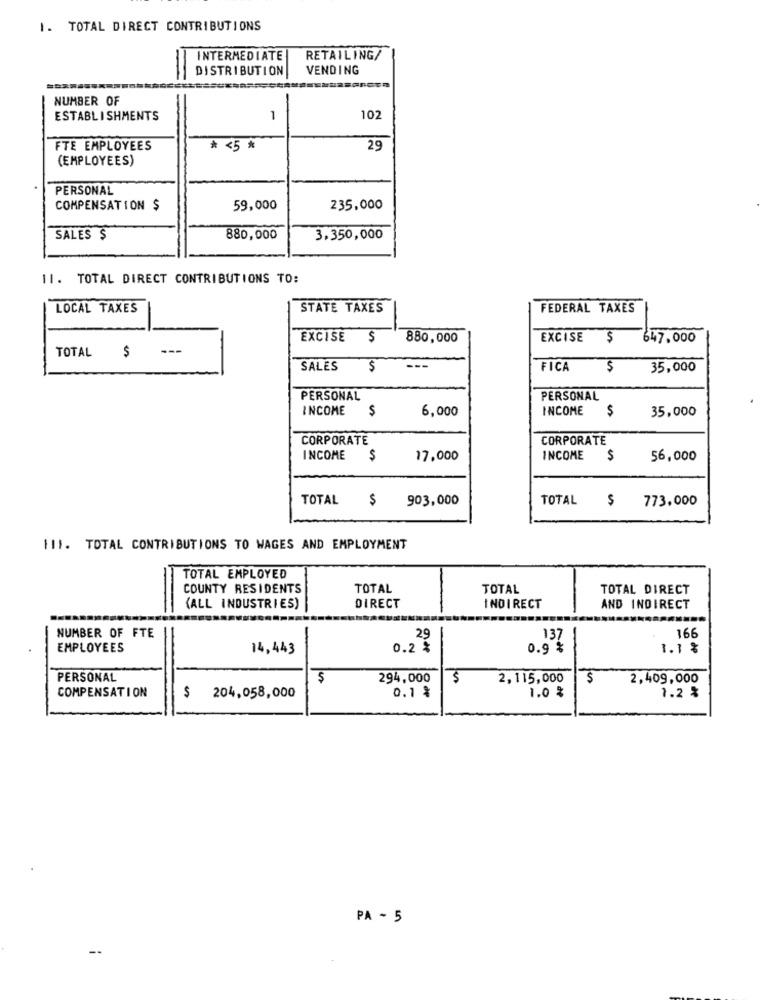
1. TOTAL DIRECT CONTRIBUTIONS
INTERMEDIATE
RETAILING/
DISTRIBUTION
VENDING
=
NUMBER OF
ESTABLISHMENTS
1
102
FTE EMPLOYEES
* < 5 *
29
(EMPLOYEES)
PERSONAL
COMPENSATION $
59,000
235,000
SALES $
880,000
3.350,000
11. TOTAL DIRECT CONTRIBUTIONS TO:
LOCAL TAXES
STATE TAXES
FEDERAL TAXES
EXCISE $
880,000
EXCISE
$
647.000
TOTAL
---
$
SALES
$
---
FICA
$
35,000
PERSONAL
PERSONAL
INCOME
$
6,000
INCOME
$
35,000
CORPORATE
CORPORATE
INCOME
5
17,000
INCOME
$
56,000
TOTAL
903,000
TOTAL
$
773,000
111. TOTAL CONTRIBUTIONS TO WAGES AND EMPLOYMENT
TOTAL EMPLOYED
COUNTY RESIDENTS
TOTAL
TOTAL
TOTAL DIRECT
(ALL INDUSTRIES)
DIRECT
INDIRECT
AND INDIRECT
NUMBER OF FTE
29
137
166
EMPLOYEES
14,443
0.2 %
0.9 %
1.1 %
PERSONAL
$
294,000
$
2,115,000
$
2,409,000
COMPENSATION
0.1 %
1.0 %
$
204,058,000
1.2 %
PA - 5
--